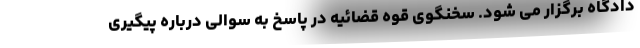
دادگاه برگزار می شود. سخنگوی قوه قضائیه در پاسخ به سوالی درباره پیگیری